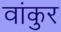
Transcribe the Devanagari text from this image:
वांकुर